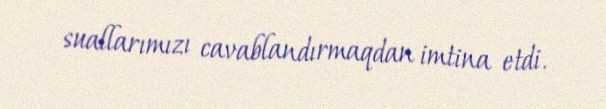
suallarımızı cavablandırmaqdan imtina etdi.